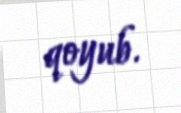
qoyub.